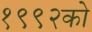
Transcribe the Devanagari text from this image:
१९९२को